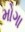
મોગા